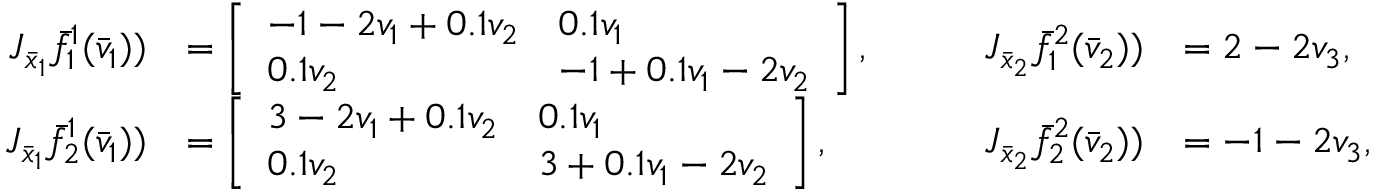
\begin{array} { r l r l } { J _ { \bar { x } _ { 1 } } \bar { f } _ { 1 } ^ { 1 } ( \bar { v } _ { 1 } ) ) } & { = \left[ \begin{array} { l l } { - 1 - 2 v _ { 1 } + 0 . 1 v _ { 2 } } & { 0 . 1 v _ { 1 } } \\ { 0 . 1 v _ { 2 } } & { - 1 + 0 . 1 v _ { 1 } - 2 v _ { 2 } } \end{array} \right] , } & { \qquad J _ { \bar { x } _ { 2 } } \bar { f } _ { 1 } ^ { 2 } ( \bar { v } _ { 2 } ) ) } & { = 2 - 2 v _ { 3 } , } \\ { J _ { \bar { x } _ { 1 } } \bar { f } _ { 2 } ^ { 1 } ( \bar { v } _ { 1 } ) ) } & { = \left[ \begin{array} { l l } { 3 - 2 v _ { 1 } + 0 . 1 v _ { 2 } } & { 0 . 1 v _ { 1 } } \\ { 0 . 1 v _ { 2 } } & { 3 + 0 . 1 v _ { 1 } - 2 v _ { 2 } } \end{array} \right] , } & { \qquad J _ { \bar { x } _ { 2 } } \bar { f } _ { 2 } ^ { 2 } ( \bar { v } _ { 2 } ) ) } & { = - 1 - 2 v _ { 3 } , } \end{array}